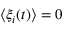
\langle \xi _ { i } ( t ) \rangle = 0